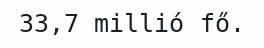
33,7 millió fő.